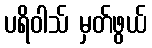
ပရိဝါသ် မှတ်ဖွယ်